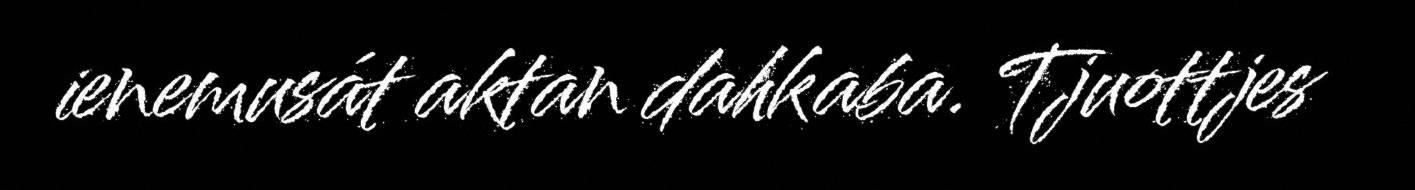
ienemusát aktan dahkaba. Tjuottjes